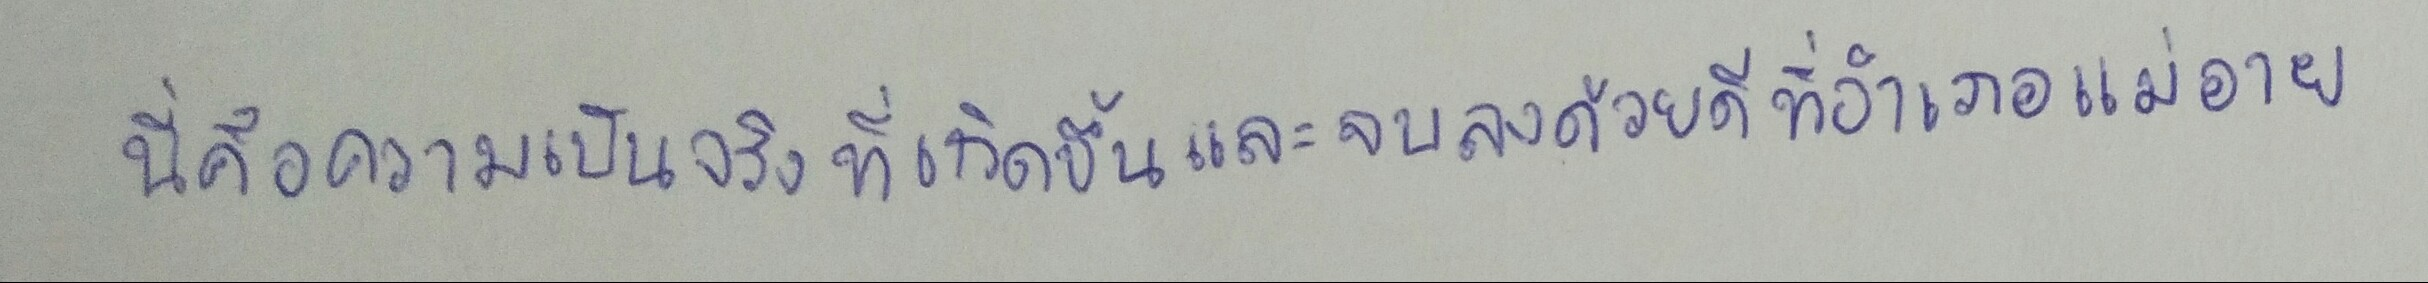
นี่คือความเป็นจริงที่เกิดขึ้นและจบลงด้วยดีที่อำเภอแม่อาย